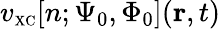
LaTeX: v_{\scriptscriptstyle\mathrm{XC}}[n;\Psi_{0},\Phi_{0}]({\mathbf r},t)